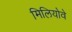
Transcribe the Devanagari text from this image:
मिलियोवे